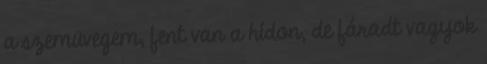
a szemüvegem, fent van a hídon, de fáradt vagyok